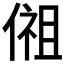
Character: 𰂩